Lunatic asylums United Provinces 1909-1921 - 1909-1921
Year: 1909
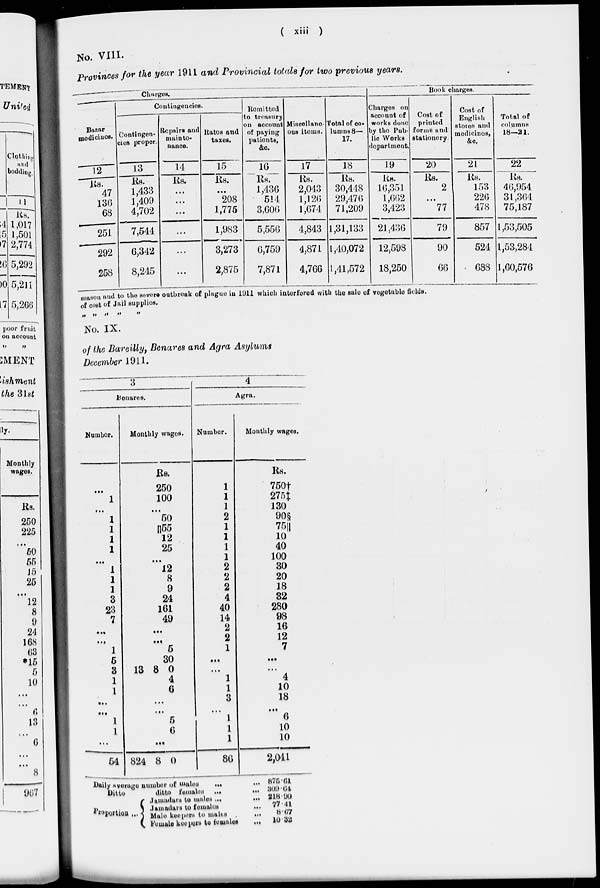
( xiii )
No. VIII.
Provinces for the year 1911 and Provincial totals for two previous years.
Charges.
Bazar
medicines.
12
Rs.
47
136
68
251
292
258
Contingencies.
Contingen-
cies proper.
13
Rs.
1,433
1,409
4,702
7,544
6,342
8,245
Repairs and
mainte-
nance.
14
Rs.
...
...
...
...
...
...
Rates and
taxes.
15
Rs.
...
208
1,775
1,983
3,273
2,875
Remitted
to treasury
on account
of paying
patients,
&c.
16
Rs.
1,436
514
3,606
5,556
6,759
7,871
Miscellane-
ous items.
17
Rs.
2,043
1,126
1,674
4,843
4,871
4,766
Total of co-
lumns 8—
17.
18
Rs.
30,448
29,476
71,209
1,31,133
1,40,072
1,41,572
Book charges.
Charges on
account of
works done
by the Pub-
lic Works
department.
19
Rs.
16,351
1,662
3,423
21,436
12,598
18,250
Cost of
printed
forms and
stationery.
20
Rs.
2
...
77
79
90
66
Cost of
English
stores and
medicines,
&c.
21
Rs.
153
226
478
857
524
688
Total of
columns
18—21.
22
Rs.
46,954
31,364
75,187
1,53,505
1,53,284
1,60,576
season and to the severe outbreak of plague in 1911 which interfered with the sale of vegetable fields.
of cost of Jail supplies.
„ „ „ „ „
No. IX.
of the Bareilly, Benares and Agra Asylums
December 1911.
3
Benares.
Number.
...
1
...
1
1
1
1
...
1
1
1
3
23
7
...
...
1
5
3
1
1
...
...
1
1
...
54
Monthly wages.
Rs.
250
100
...
50
||55
12
25
...
12
8
9
24
161
49
...
...
5
30
13 8 0
4
6
...
...
5
6
...
824 8 0
4
Agra.
Number.
1
1
1
2
1
1
1
1
2
2
2
4
40
14
2
2
1
...
...
1
1
3
...
1
1
1
86
Monthly wages.
Rs.
750†
275‡
130
90§
75||
10
40
100
30
20
18
32
280
98
16
12
7
...
...
4
10
18
...
6
10
10
2,041
Daily average number of males ... ...
Ditto
ditto females ...
...
Proportion ...
Jamadars to males ...
...
Jamadars to females ...
Male keepers to males ... ...
Female keepers to females ...
875.61
309.64
218.90
77.41
8.67
10.32